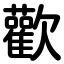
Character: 歡